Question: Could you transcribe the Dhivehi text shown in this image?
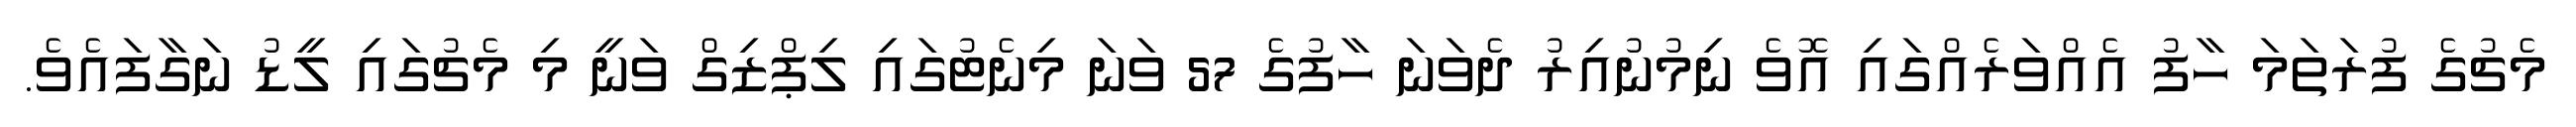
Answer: މެޗުގެ ފުރަތަމަ ހާފު އެއްވަރެއްގައި އޮވެ ނިމުނުއިރު ދެވަނަ ހާފުގެ 57 ވަނަ މިނެޓުގައި ލިޕްޒިގް ވަނީ މި މެޗުގައި ލީޑު ނަގާފައެވެ.